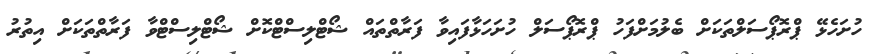
ހުށަހެޅޭ ޕްރޮޕޯސަލްތަކަށް ބެލުމަށްފަހު ޕްރޮޕޯސަލް ހުށަހަޅާފައިވާ ފަރާތްތައް ޝޯޓްލިސްޓްކޮށް ޝޯޓްލިސްޓްވާ ފަރާތްތަކަށް އިތުރު